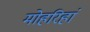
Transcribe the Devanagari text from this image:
मोहरिहां